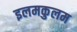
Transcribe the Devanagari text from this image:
इलमकुलम